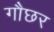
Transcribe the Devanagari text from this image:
गौछर